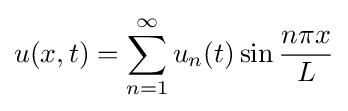
u(x,t)=\sum _{n=1}^{\infty }u_{n}(t)\sin {\frac {n\pi x}{L}}